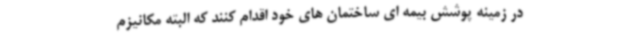
در زمینه پوشش بیمه ای ساختمان های خود اقدام کنند که البته مکانیزم